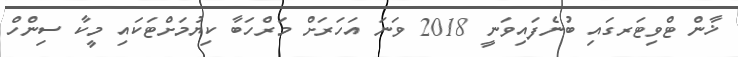
ޚާން ޓްވިޓަރގައި ބުނެފައިވަނީ 2018 ވަނަ އަހަރަށް މަރްހަބާ ކިޔުމަށްޓަކައި މީކާ ސިންހް